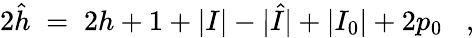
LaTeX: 2\hat{h}\; =\; 2h+1+|I|-|\hat{I}|+|I_{0}|+2p_{0}\; \; \; ,